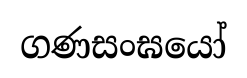
ගණසංඝයෝ